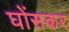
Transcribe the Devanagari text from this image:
घोंसकर